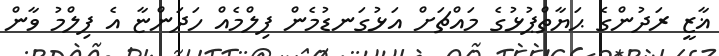
ޣާޒީ ރަދުންގެ ޙަޔާތްޕުޅުގެ މައްޗަށް އަޅުގަނޑުމެން ފިލްމެއް ހަދަންޏާ އެ ފިލްމު ވާން